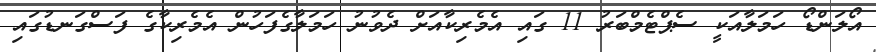
އޯލަންޑޯ ހަމަލާއަކީ ސެޕްޓެމްބަރު 11 ގައި އެމެރިކާއަށް ދެވުނު ހަމަލާގެފަހުން އެމެރިކާގެ ފަސްގަނޑުގައި